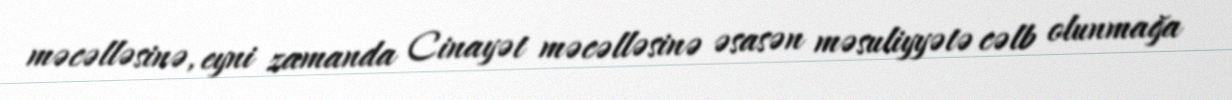
məcəlləsinə, eyni zamanda Cinayət məcəlləsinə əsasən məsuliyyətə cəlb olunmağa